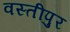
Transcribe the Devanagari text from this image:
वस्तीपुर